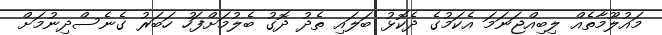
މައުލޫމާތެއް ލިބިއްޖަނަމަ އެކަމުގެ ދެކޮޅު ބަލައި ތެދު ދޮގު ބެލުމަށްފަހު ހަބަރު ގެނެސްދިނުމަށް